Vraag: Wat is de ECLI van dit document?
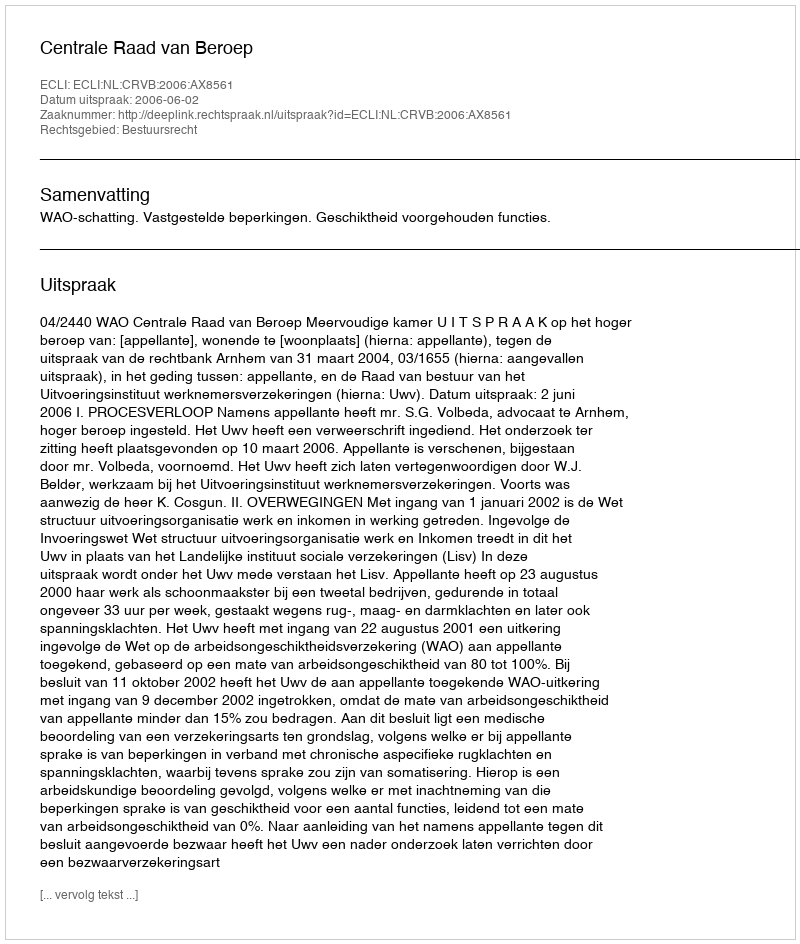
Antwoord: ECLI:NL:CRVB:2006:AX8561